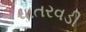
ધાતરવડી